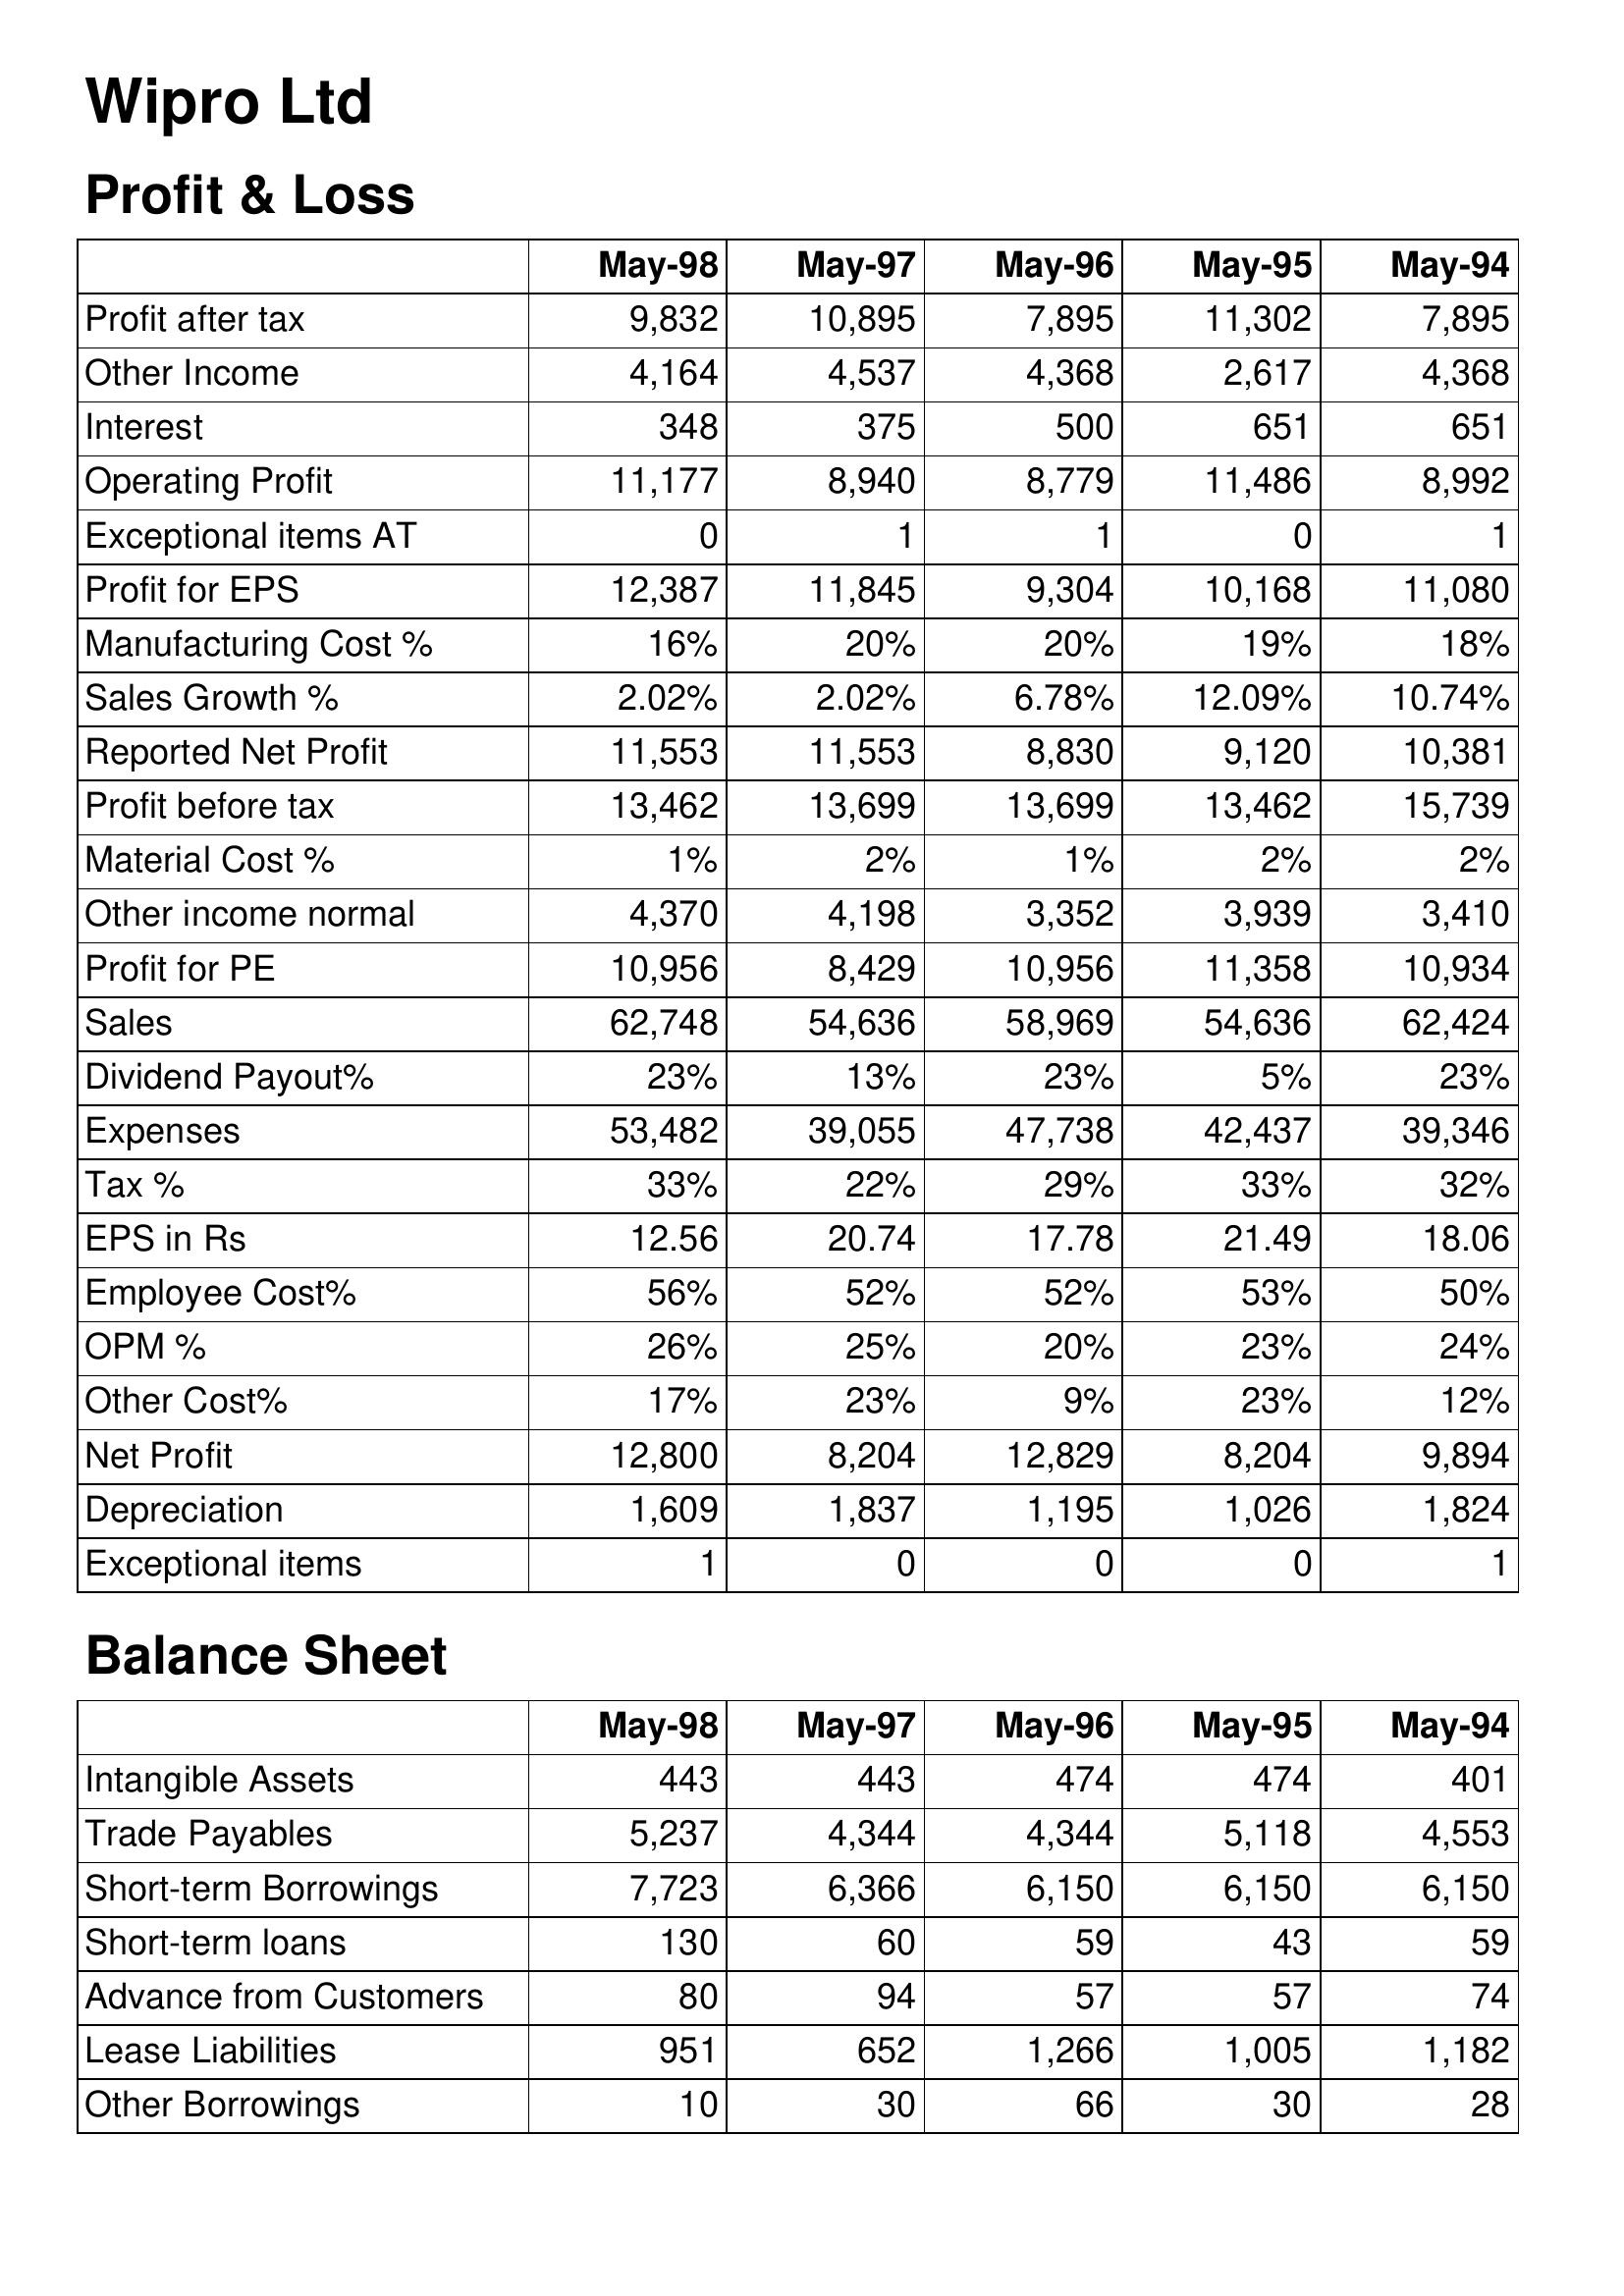
May-98: Profit & Loss: Profit after tax: 9,832
Other Income: 4,164
Interest: 348
Operating Profit: 11,177
Exceptional items AT: 0
Profit for EPS: 12,387
Manufacturing Cost %: 16%
Sales Growth %: 2.02%
Reported Net Profit: 11,553
Profit before tax: 13,462
Material Cost %: 1%
Other income normal: 4,370
Profit for PE: 10,956
Sales: 62,748
Dividend Payout%: 23%
Expenses: 53,482
Tax %: 33%
EPS in Rs: 12.56
Employee Cost%: 56%
OPM %: 26%
Other Cost%: 17%
Net Profit: 12,800
Depreciation: 1,609
Exceptional items: 1
Balance Sheet: Intangible Assets: 443
Trade Payables: 5,237
Short-term Borrowings: 7,723
Short-term loans: 130
Advance from Customers: 80
Lease Liabilities: 951
Other Borrowings: 10
May-97: Profit & Loss: Profit after tax: 10,895
Other Income: 4,537
Interest: 375
Operating Profit: 8,940
Exceptional items AT: 1
Profit for EPS: 11,845
Manufacturing Cost %: 20%
Sales Growth %: 2.02%
Reported Net Profit: 11,553
Profit before tax: 13,699
Material Cost %: 2%
Other income normal: 4,198
Profit for PE: 8,429
Sales: 54,636
Dividend Payout%: 13%
Expenses: 39,055
Tax %: 22%
EPS in Rs: 20.74
Employee Cost%: 52%
OPM %: 25%
Other Cost%: 23%
Net Profit: 8,204
Depreciation: 1,837
Exceptional items: 0
Balance Sheet: Intangible Assets: 443
Trade Payables: 4,344
Short-term Borrowings: 6,366
Short-term loans: 60
Advance from Customers: 94
Lease Liabilities: 652
Other Borrowings: 30
May-96: Profit & Loss: Profit after tax: 7,895
Other Income: 4,368
Interest: 500
Operating Profit: 8,779
Exceptional items AT: 1
Profit for EPS: 9,304
Manufacturing Cost %: 20%
Sales Growth %: 6.78%
Reported Net Profit: 8,830
Profit before tax: 13,699
Material Cost %: 1%
Other income normal: 3,352
Profit for PE: 10,956
Sales: 58,969
Dividend Payout%: 23%
Expenses: 47,738
Tax %: 29%
EPS in Rs: 17.78
Employee Cost%: 52%
OPM %: 20%
Other Cost%: 9%
Net Profit: 12,829
Depreciation: 1,195
Exceptional items: 0
Balance Sheet: Intangible Assets: 474
Trade Payables: 4,344
Short-term Borrowings: 6,150
Short-term loans: 59
Advance from Customers: 57
Lease Liabilities: 1,266
Other Borrowings: 66
May-95: Profit & Loss: Profit after tax: 11,302
Other Income: 2,617
Interest: 651
Operating Profit: 11,486
Exceptional items AT: 0
Profit for EPS: 10,168
Manufacturing Cost %: 19%
Sales Growth %: 12.09%
Reported Net Profit: 9,120
Profit before tax: 13,462
Material Cost %: 2%
Other income normal: 3,939
Profit for PE: 11,358
Sales: 54,636
Dividend Payout%: 5%
Expenses: 42,437
Tax %: 33%
EPS in Rs: 21.49
Employee Cost%: 53%
OPM %: 23%
Other Cost%: 23%
Net Profit: 8,204
Depreciation: 1,026
Exceptional items: 0
Balance Sheet: Intangible Assets: 474
Trade Payables: 5,118
Short-term Borrowings: 6,150
Short-term loans: 43
Advance from Customers: 57
Lease Liabilities: 1,005
Other Borrowings: 30
May-94: Profit & Loss: Profit after tax: 7,895
Other Income: 4,368
Interest: 651
Operating Profit: 8,992
Exceptional items AT: 1
Profit for EPS: 11,080
Manufacturing Cost %: 18%
Sales Growth %: 10.74%
Reported Net Profit: 10,381
Profit before tax: 15,739
Material Cost %: 2%
Other income normal: 3,410
Profit for PE: 10,934
Sales: 62,424
Dividend Payout%: 23%
Expenses: 39,346
Tax %: 32%
EPS in Rs: 18.06
Employee Cost%: 50%
OPM %: 24%
Other Cost%: 12%
Net Profit: 9,894
Depreciation: 1,824
Exceptional items: 1
Balance Sheet: Intangible Assets: 401
Trade Payables: 4,553
Short-term Borrowings: 6,150
Short-term loans: 59
Advance from Customers: 74
Lease Liabilities: 1,182
Other Borrowings: 28